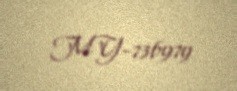
MY-736979